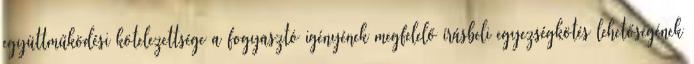
együttműködési kötelezettsége a fogyasztó igényének megfelelő írásbeli egyezségkötés lehetőségének